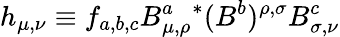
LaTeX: h_{\mu,\nu}\equiv f_{a,b,c}B_{\mu,\rho}^{a}{^*}(B^{b})^{\rho,\sigma}B_{\sigma,\nu}^{c}